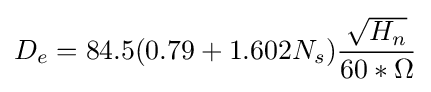
D_{e}=84.5(0.79+1.602N_{s}){\frac {\sqrt {H_{n}}}{60*\Omega }}